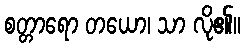
စတ္တာရော တယော၊ သာ လို၏။